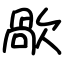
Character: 歄